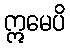
ဣမေပိ